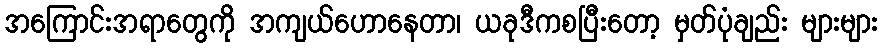
အကြောင်းအရာတွေကို အကျယ်ဟောနေတာ၊ ယခုဒီကစပြီးတော့ မှတ်ပုံချည်း များများ